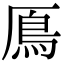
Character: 鳫